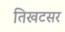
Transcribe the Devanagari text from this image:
तिखटसर